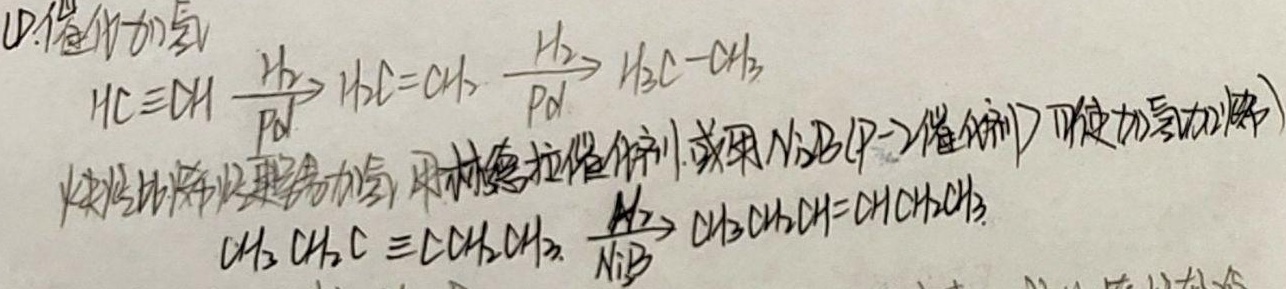
(1) 催化加氢
\(HC\equiv CH\xrightarrow[\text{Pd}]{H_2}H_2C = CH_2\xrightarrow[\text{Pd}]{H_2}H_3C - CH_3\)
炔烃比烯烃更容易加氢，用林德拉催化剂(或用\(Ni_2B\)（\(\text{P - 2}\)催化剂）可使加氢加一步)
\(CH_3CH_2C\equiv CCH_2CH_3\xrightarrow[\text{Ni}_2\text{B}]{H_2}CH_3CH_2CH = CHCH_2CH_3\)